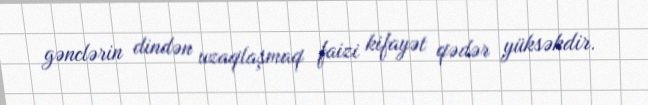
gənclərin dindən uzaqlaşmaq faizi kifayət qədər yüksəkdir.